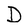
Character: D